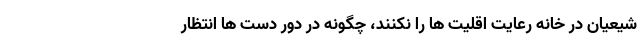
شیعیان در خانه رعایت اقلیت ها را نکنند، چگونه در دور دست ها انتظار